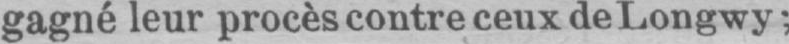
gagné leur procès contre ceux de Longwy;